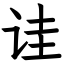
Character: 诖